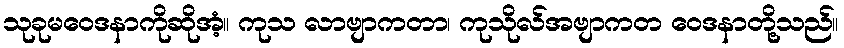
သုခုမဝေဒနာကိုဆိုအံ့။ ကုသ လာဗျာကတာ၊ ကုသိုလ်အဗျာကတ ဝေဒနာတို့သည်။